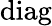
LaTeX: \mathrm{diag}